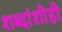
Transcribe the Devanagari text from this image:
शब्दांशीही